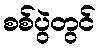
စစ်ပွဲတွင်